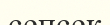
сепсек